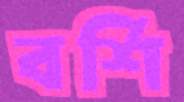
বর্শি